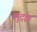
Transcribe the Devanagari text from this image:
लुट्झ